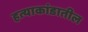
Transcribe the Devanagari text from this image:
हत्याकांडातील